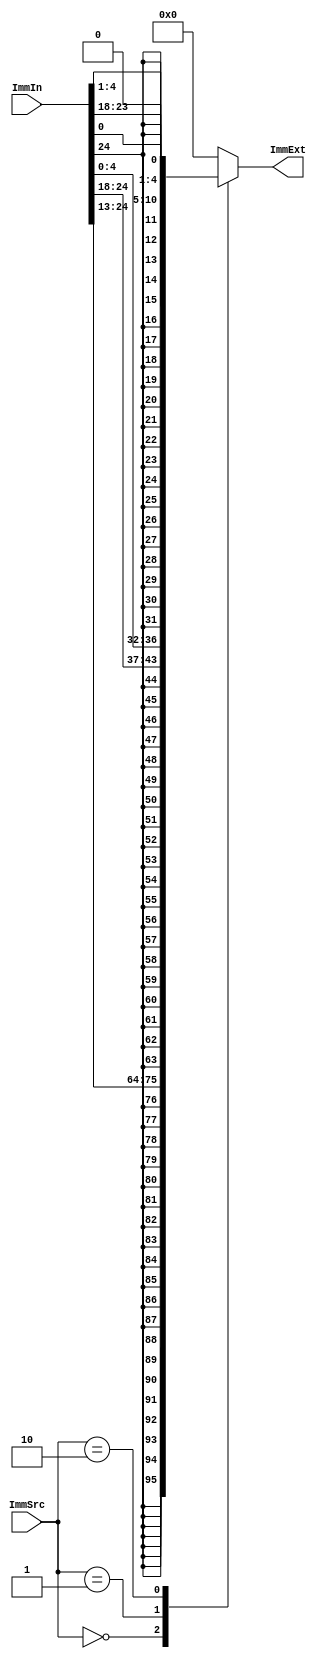
module Sign_Extend
(
input [1:0] ImmSrc,
input [24:0] ImmIn,
output reg [31:0] ImmExt
);

always @ (*) begin

	case (ImmSrc)

		2'b00: ImmExt = { {20{ImmIn[24]}}, ImmIn[24:13] };
		2'b01: ImmExt = { {20{ImmIn[24]}}, ImmIn[24:18], ImmIn[4:0] };
		2'b10: ImmExt = { {20{ImmIn[24]}}, ImmIn[0], ImmIn[23:18], ImmIn[4:1], 1'b0 };
		default: ImmExt = 32'd 0;

	endcase

end

endmodule